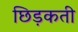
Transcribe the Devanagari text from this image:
छिड़कती